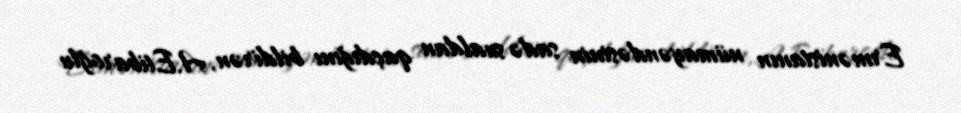
Ermənistanın nümayəndəsinin sadə sualdan qaçdığını bildirən, A.Etibaroğlu